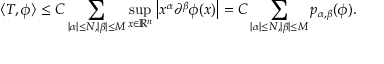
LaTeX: \langle T , \phi \rangle \leq C \sum _ { | \alpha | \leq N , | \beta | \leq M } \operatorname* { s u p } _ { x \in \mathbb { R } ^ { n } } \left| x ^ { \alpha } \partial ^ { \beta } \phi ( x ) \right| = C \sum _ { | \alpha | \leq N , | \beta | \leq M } p _ { \alpha , \beta } ( \phi ) .